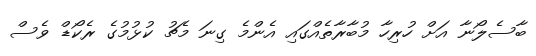
ބާސެލޯނާ އަށް ހުރިހާ މުބާރާތެއްގައި އެންމެ ގިނަ މެޗު ކުޅުމުގެ ރެކޯޑް ވެސް